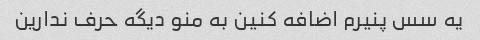
یه سس پنیرم اضافه کنین به منو دیگه حرف ندارین